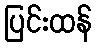
ပြင်းထန်